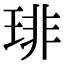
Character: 琲